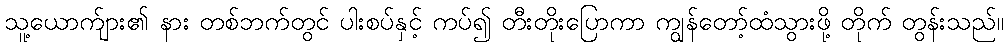
သူ့ယောက်ျား၏ နား တစ်ဘက်တွင် ပါးစပ်နှင့် ကပ်၍ တီးတိုးပြောကာ ကျွန်တော့်ထံသွားဖို့ တိုက် တွန်းသည်။